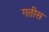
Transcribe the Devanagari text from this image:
गतीस